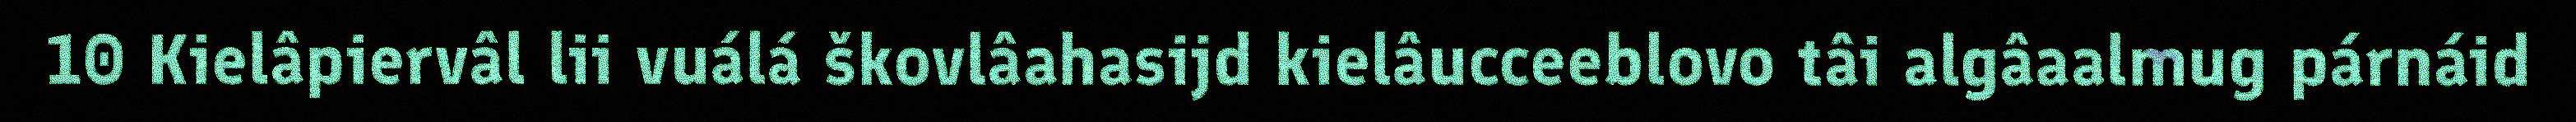
10 Kielâpiervâl lii vuálá škovlâahasijd kielâucceeblovo tâi algâaalmug párnáid